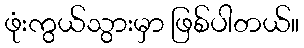
ဖုံးကွယ်သွားမှာ ဖြစ်ပါတယ်။